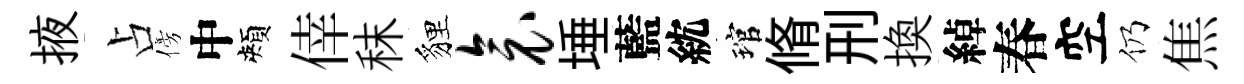
掖占傍中頰倖秣貍衾埵藍紞琯脩刑换綽春空仍焦